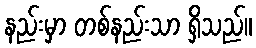
နည်းမှာ တစ်နည်းသာ ရှိသည်။